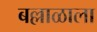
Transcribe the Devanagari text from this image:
बल्लाळाला